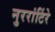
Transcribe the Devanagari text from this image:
नुररांटिंरे